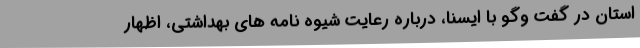
استان در گفت وگو با ایسنا، درباره رعایت شیوه نامه های بهداشتی، اظهار